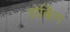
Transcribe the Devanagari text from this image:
डोर्किग